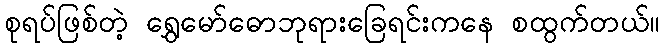
စုရပ်ဖြစ်တဲ့ ရွှေမော်ဓောဘုရားခြေရင်းကနေ စထွက်တယ်။